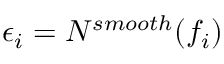
\epsilon _ { i } = N ^ { s m o o t h } ( f _ { i } )